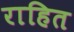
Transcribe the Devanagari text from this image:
राहित